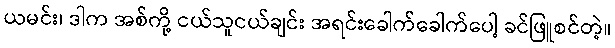
ယမင်း၊ ဒါက အစ်ကို့ ငယ်သူငယ်ချင်း အရင်းခေါက်ခေါက်ပေါ့ ခင်ဖြူစင်တဲ့။